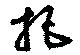
把